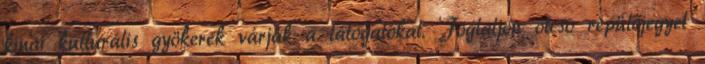
kínai kulturális gyökerek várják a látogatókat. Foglaljon olcsó repülőjegyet